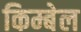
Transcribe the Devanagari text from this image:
किम्बेल